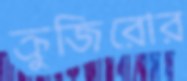
ক্রুজিরোর